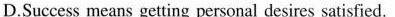
D.Success means getting personal desires satisfied.